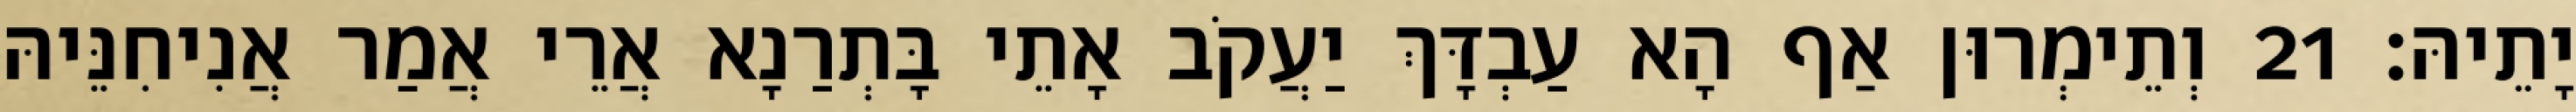
יָתֵיהּ׃ 21 וְתֵימְרוּן אַף הָא עַבְדָּךְ יַעֲקֹב אָתֵי בָּתְרַנָא אֲרֵי אֲמַר אֲנִיחִנֵּיהּ